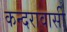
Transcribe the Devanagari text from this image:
कन्दरावासी